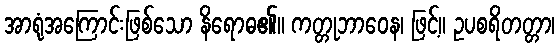
အာရုံအကြောင်းဖြစ်သော နိရောဓ၏။ ကတ္တုဘာဝေန၊ ဖြင့်။ ဥပစရိတတ္တာ၊